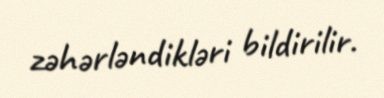
zəhərləndikləri bildirilir.